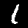
Digit: 1